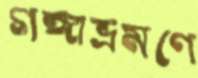
গঙ্গাভ্রমণে